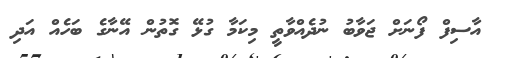
އާސިފް ފޯނަށް ޖަވާބު ނުދެއްވާތީ މިކަމާ ގުޅޭ ގޮތުން އޭނާގެ ބަހެއް އަދި